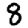
Digit: 8